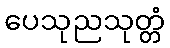
ပေသုညသုတ္တံ